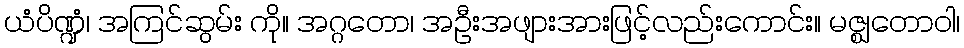
ယံပိဏ္ဍံ၊ အကြင်ဆွမ်း ကို။ အဂ္ဂတော၊ အဦးအဖျားအားဖြင့်လည်းကောင်း။ မဇ္ဈတောဝါ၊